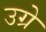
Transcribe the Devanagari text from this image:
उग्रे